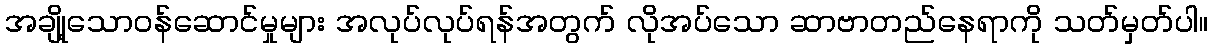
အချို့သောဝန်ဆောင်မှုများ အလုပ်လုပ်ရန်အတွက် လိုအပ်သော ဆာဗာတည်နေရာကို သတ်မှတ်ပါ။